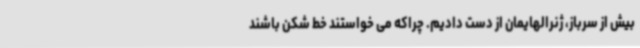
بیش از سرباز، ژنرالهایمان از دست دادیم. چراکه می خواستند خط شکن باشند